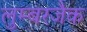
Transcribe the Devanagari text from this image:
लुम्बरजैक